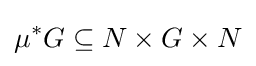
\mu ^{*}G\subseteq N\times G\times N